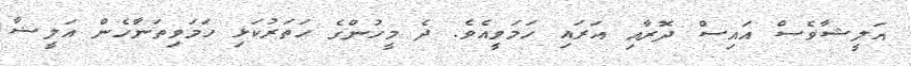
އަލީޝާވެސް އައިސް ދޮރާއި އަރައި ހަމަވީއެވެ. ދެ މީހުންގެ ހަތަރުކަޅި ހަމަވިތަނާހެން އަލީޝާ